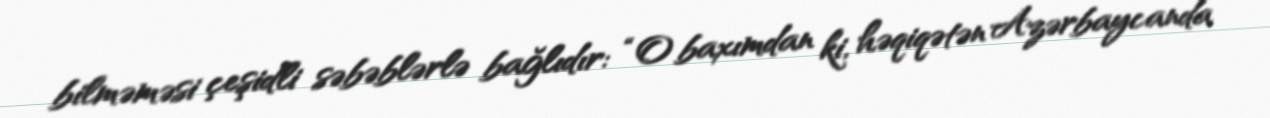
bilməməsi çeşidli səbəblərlə bağlıdır: “O baxımdan ki, həqiqətən Azərbaycanda